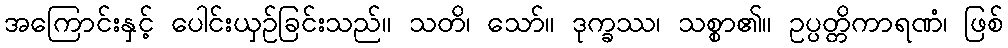
အကြောင်းနှင့် ပေါင်းယှဉ်ခြင်းသည်။ သတိ၊ သော်။ ဒုက္ခဿ၊ သစ္စာ၏။ ဥပ္ပတ္တိကာရဏံ၊ ဖြစ်